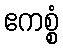
ဧကစ္စံ